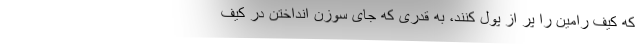
که کیف رامین را پر از پول کنند، به قدری که جای سوزن انداختن در کیف